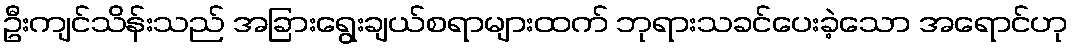
ဦးကျင်သိန်းသည် အခြားရွေးချယ်စရာများထက် ဘုရားသခင်ပေးခဲ့သော အရောင်ဟု